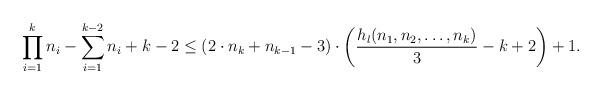
LaTeX: \begin{align*} \prod_{i=1}^{k} n_i - \sum_{i=1}^{k-2} n_i + k - 2 \leq (2 \cdot n_k + n_{k-1} - 3) \cdot \left( \frac{h_l(n_1, n_2, \dots, n_k)}{3} - k + 2 \right) + 1.\end{align*}